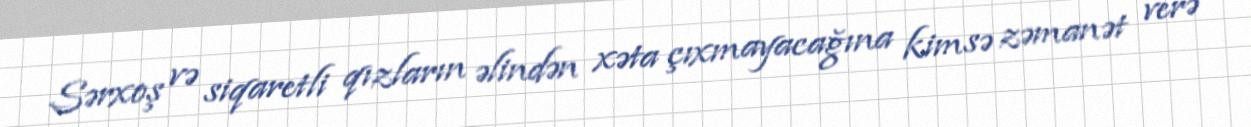
Sərxoş və siqaretli qızların əlindən xəta çıxmayacağına kimsə zəmanət verə